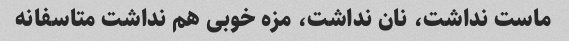
ماست نداشت، نان نداشت، مزه خوبی هم نداشت متاسفانه